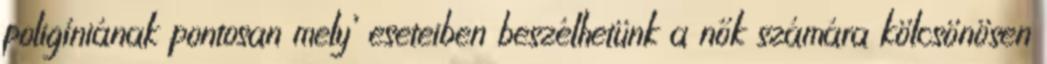
poligíniának pontosan mely’ eseteiben beszélhetünk a nők számára kölcsönösen